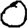
Digit: 0